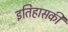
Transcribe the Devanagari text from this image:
इतिहासकी